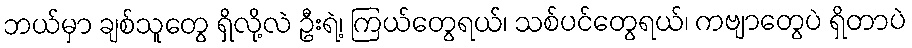
ဘယ်မှာ ချစ်သူတွေ ရှိလို့လဲ ဦးရဲ့၊ ကြယ်တွေရယ်၊ သစ်ပင်တွေရယ်၊ ကဗျာတွေပဲ ရှိတာပဲ